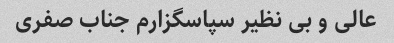
عالی و بی نظیر سپاسگزارم جناب صفری